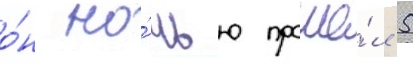
о́н но́чью прошё́л 5